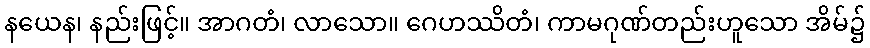
နယေန၊ နည်းဖြင့်။ အာဂတံ၊ လာသော။ ဂေဟဿိတံ၊ ကာမဂုဏ်တည်းဟူသော အိမ်၌